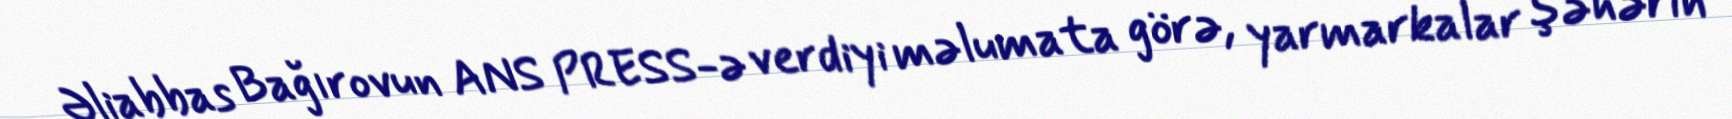
Əliabbas Bağırovun ANS PRESS-ə verdiyi məlumata görə, yarmarkalar şəhərin